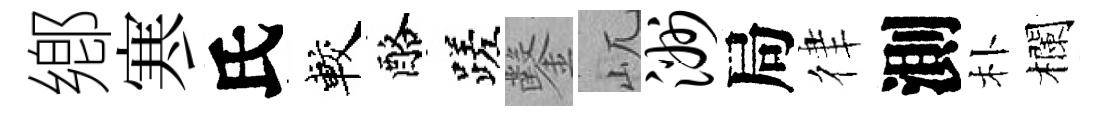
鄕寒氏較酪蹉鑿屼洲局律測朴欄